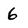
Character: 6